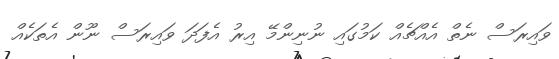
ވައިރަސް ނެތް އެއްޗެއް ކަމުގައި ނުނިންމޭ އިރު އެފަދަ ވައިރަސް ނޫން އެތަކެއް